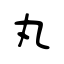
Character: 丸